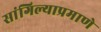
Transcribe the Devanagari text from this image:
सांगिल्याप्रमाणे